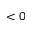
< 0